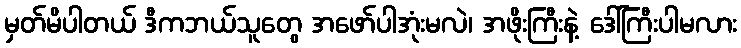
မှတ်မိပါတယ် ဒီကဘယ်သူတွေ အဖော်ပါအုံးမလဲ၊ အဖိုးကြီးနဲ့ ဒေါ်ကြီးပါမလား